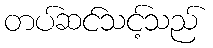
တပ်ဆင်သင့်သည်